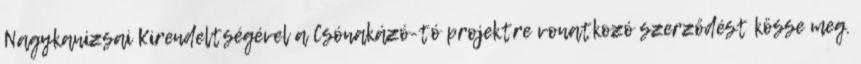
Nagykanizsai Kirendeltségével a Csónakázó-tó projektre vonatkozó szerződést kösse meg.